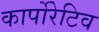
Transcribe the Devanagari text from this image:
कार्पोरेटिव